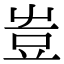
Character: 𧯛